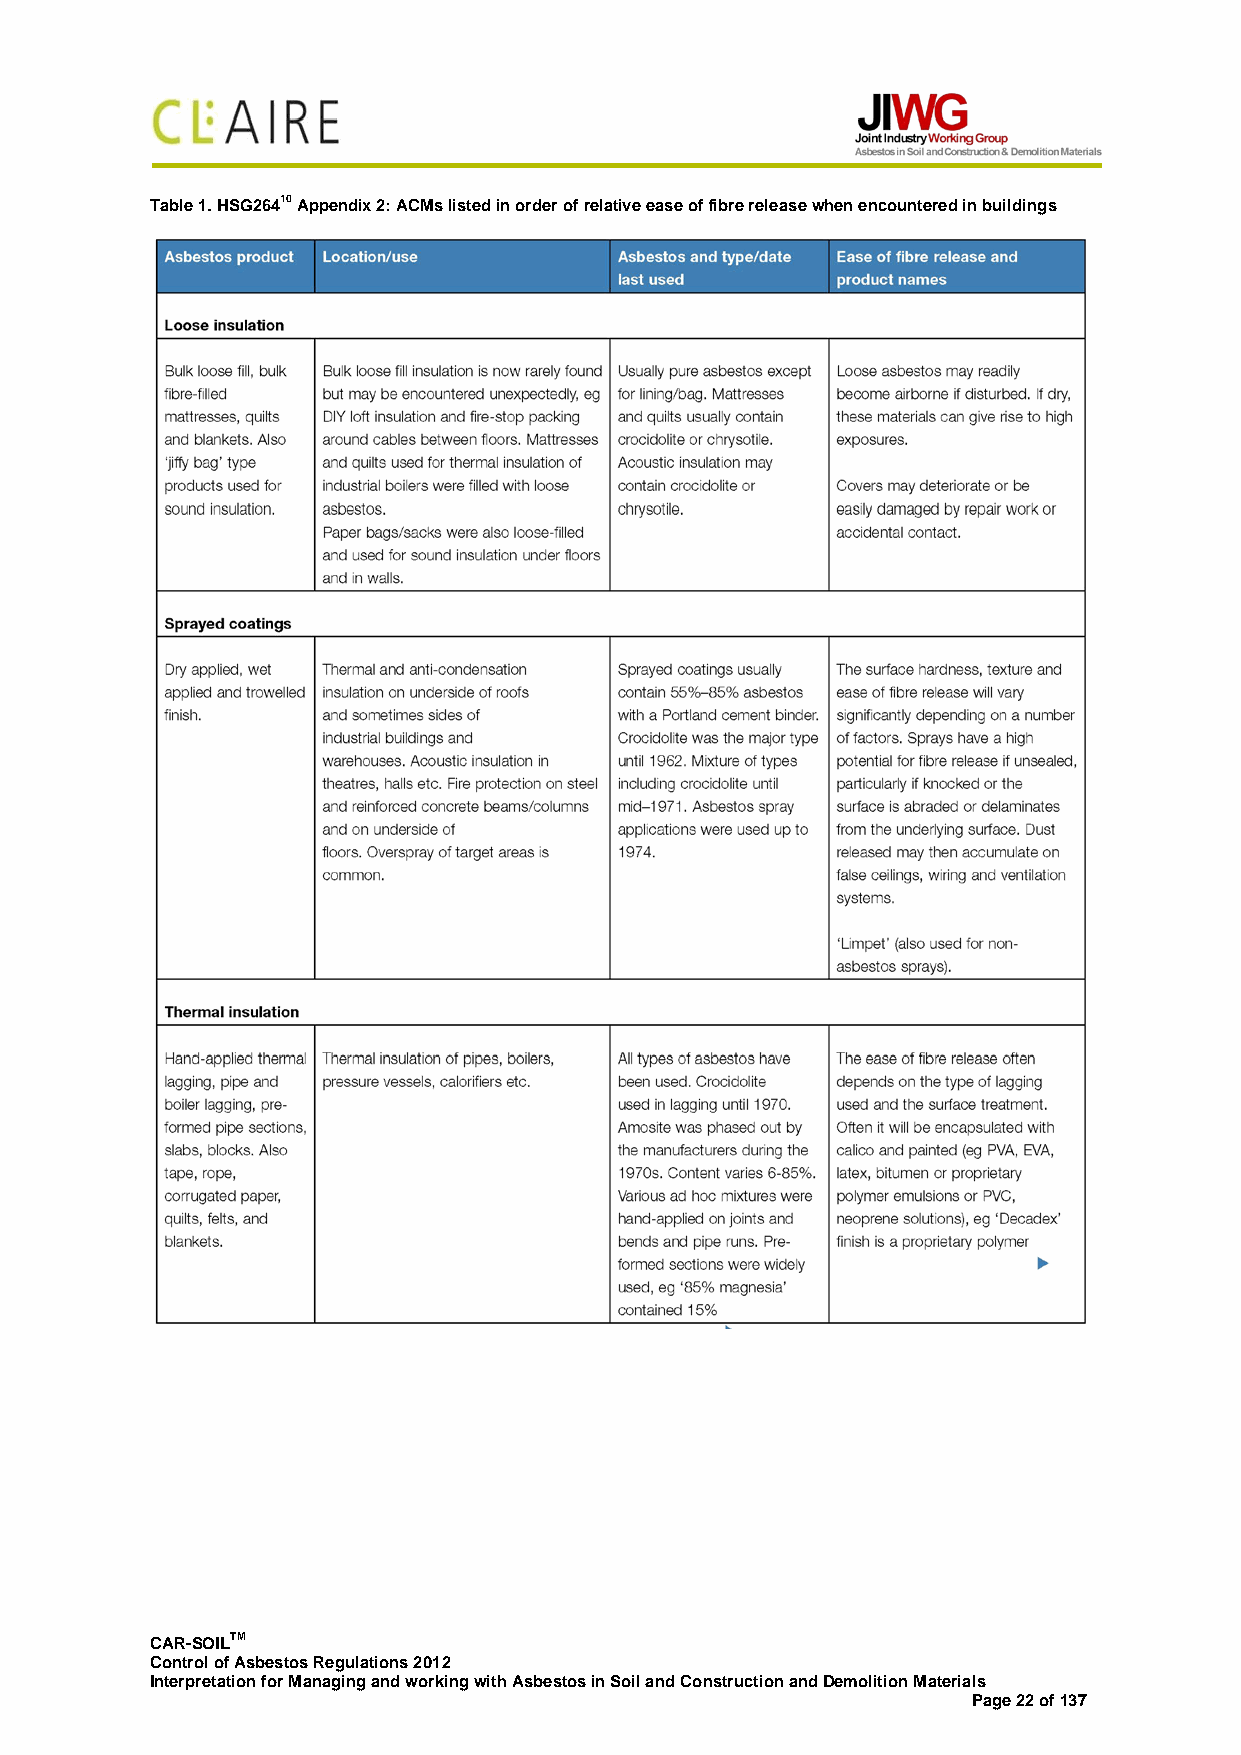
Table 1. HSG26410 Appendix 2: ACMs listed in order of relative ease of fibre release when encountered in buildings
 CAR-SOILTM
 Control of Asbestos Regulations 2012
 Interpretation for Managing and working with Asbestos in Soil and Construction and Demolition Materials
 Page 22 of 137